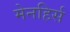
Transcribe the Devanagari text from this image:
मेनहिर्स